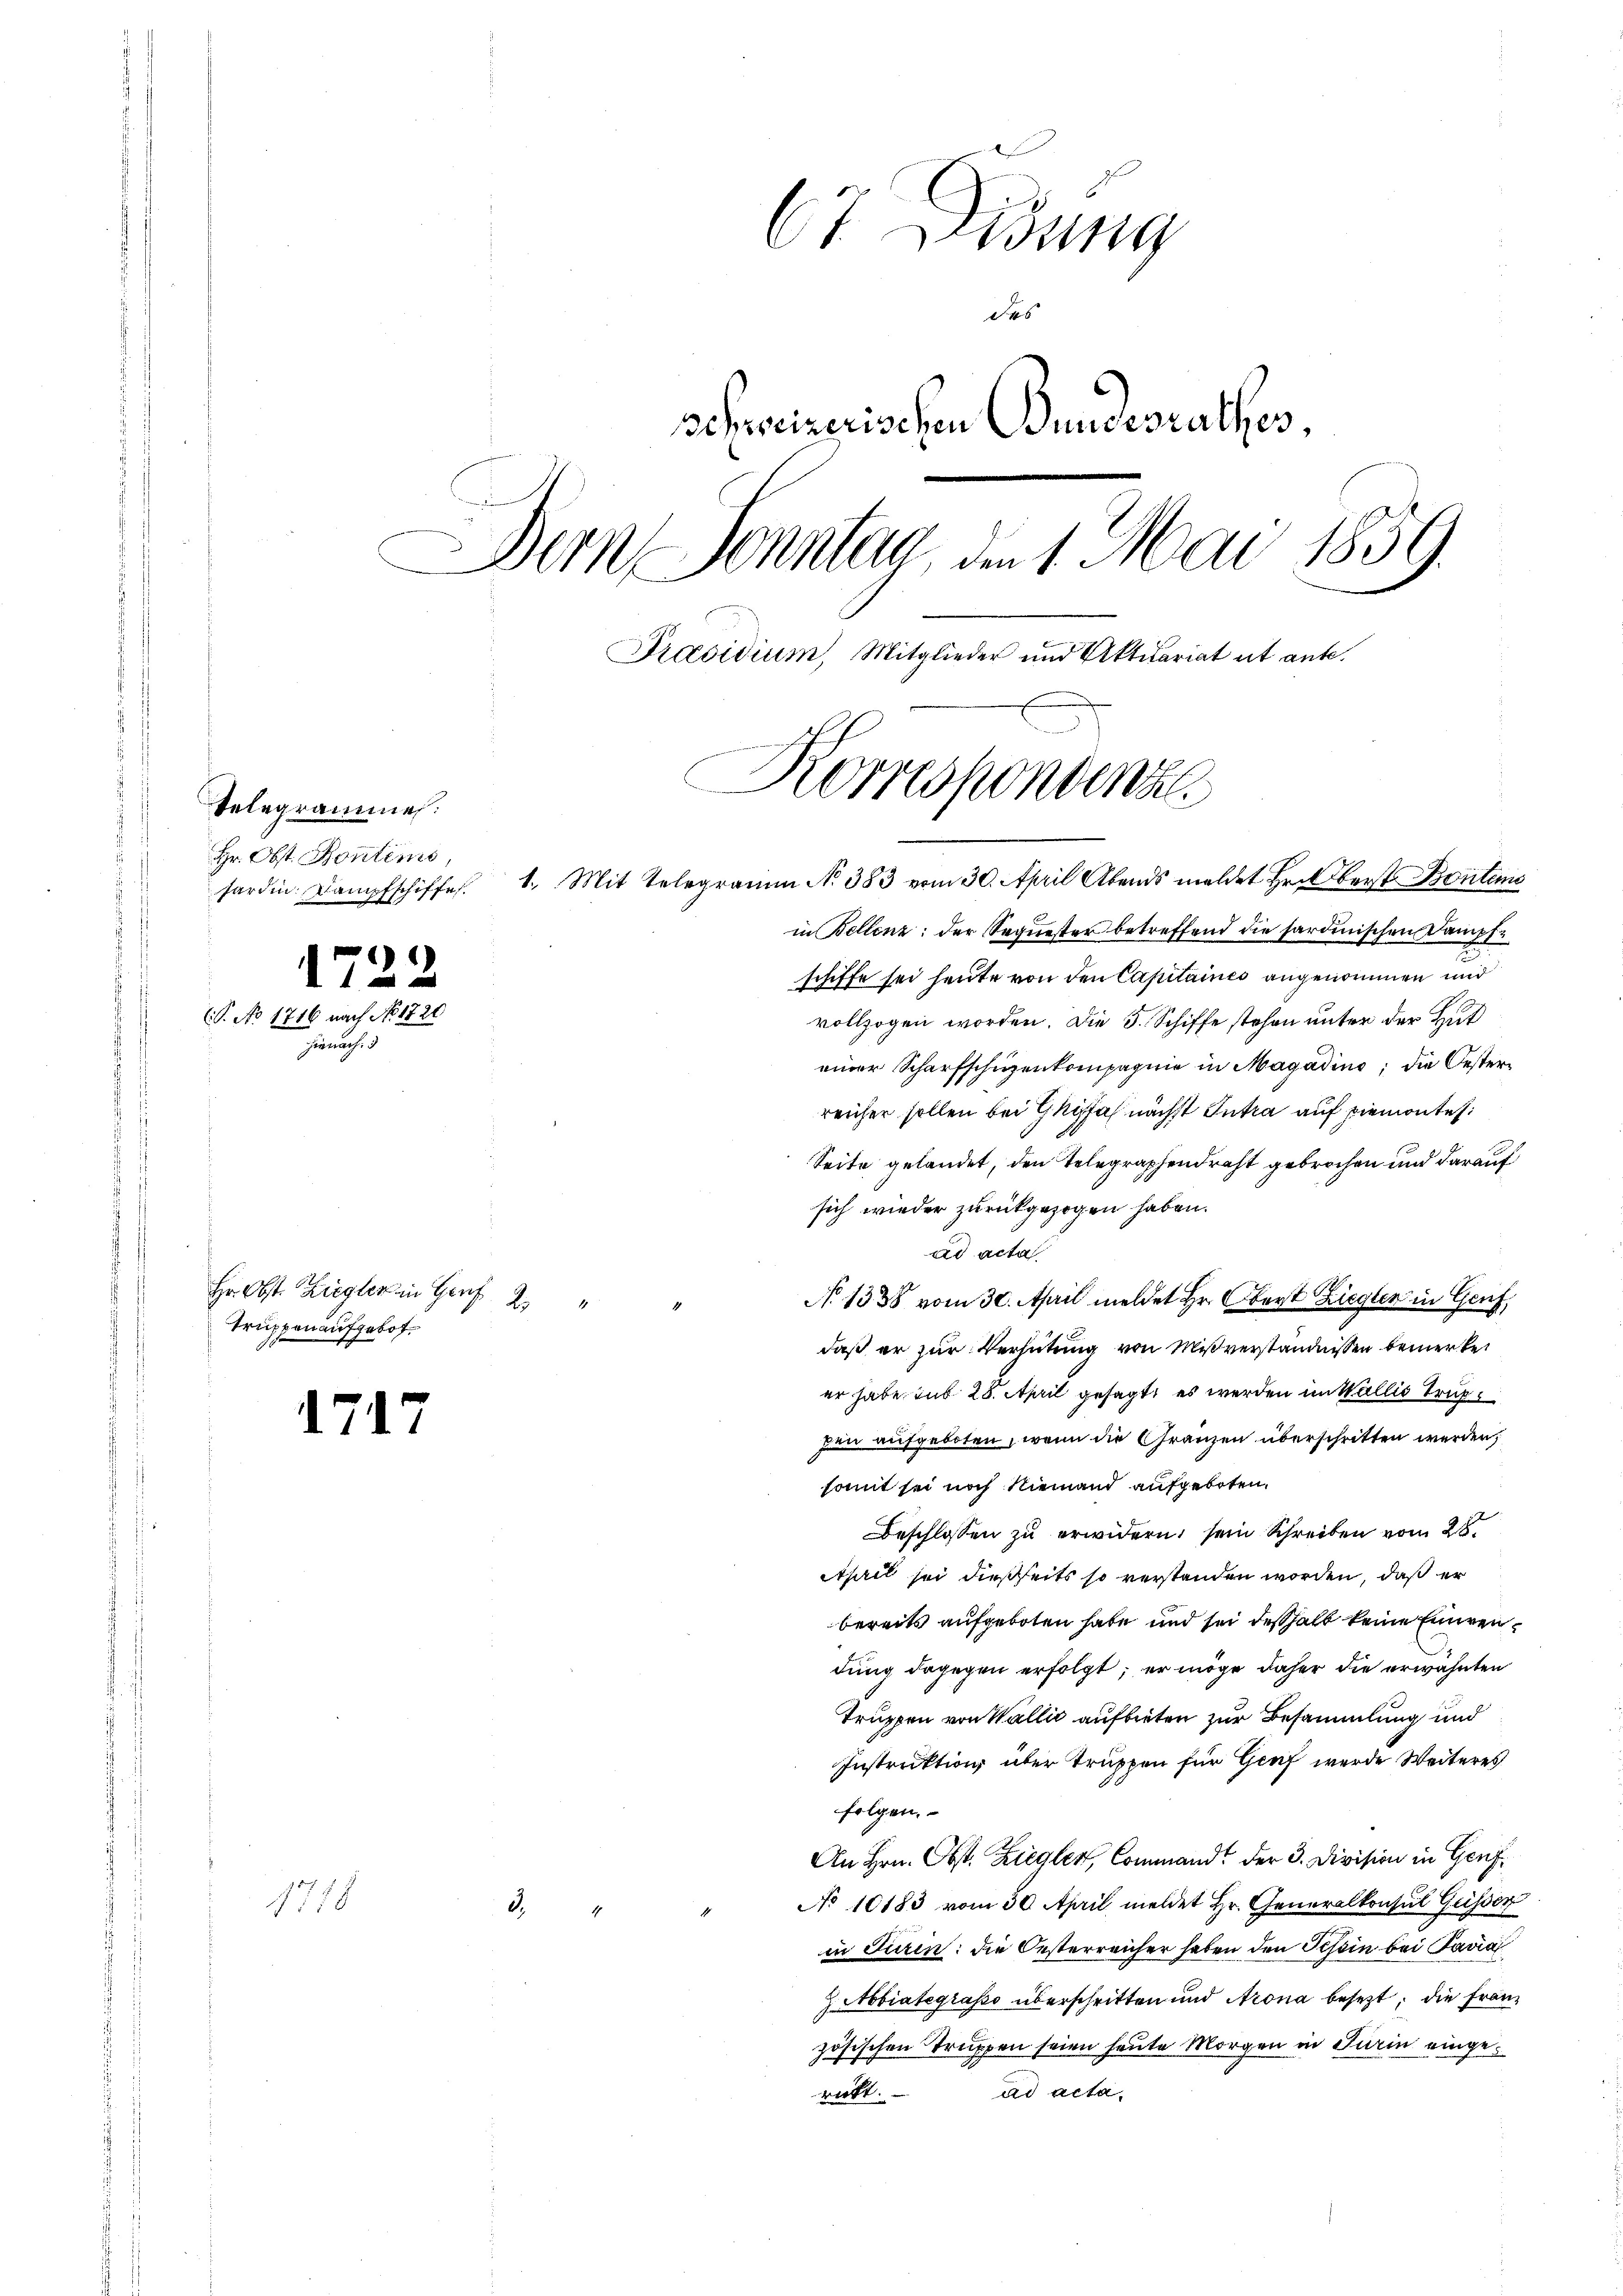
Telegrammes.
Hr. Obst. Kontems,
hardin. Dampfschiffe.

.
S. No 1716 u.
n

1

Hr. Obst. Ziegler in Genf 21 "
Truppen aufgebot.

1717

1718

67. Lesung
des
schweizerischen Bundesrathes.
Dem Sonntag den 1. Mai 1859.
Praesidium, Mitglieder und Aktuariat et ante.
Korrespondenze

in Bellenz: der Sequester betreffend die sardinischen Dampfschiffe sei heute von den Capitaines angenommen und
vollzogen worden. Die 5. Schiffe stehen unter der Hut
einer Scharfschüzenkompagnie in Magadine, die Oesterreicher sollen bei Ghiffa nächst Intra auf Piemontes:
Seite gelandet, den Telegraphendraht gebrochen und darauf
sich wieder zurückgezogen haben.
ad acta
No 1338 vom 30. April meldet Hr. Oberst Ziegler in Genf,
daß er zur Verhütung von Mißverständnissen bemerket
er habe in 28. April gesagt, es werden im Wallis Truppen aufgeboten, wenn die Gränzen überschritten werden,
somit sei noch Niemand aufgeboten.
Beschlossen zu erwidern, sein Schreiben vom 28.
April sei dießseits so verstanden worden, daß er
bereits aufgeboten habe und sei deßhalb keine Einwendung dagegen erfolgt; er möge daher die erwähnten
Truppen von Wallić aufbieten zur Besammlung und
Instruktion über Truppen für Genf wurde Weiteres
folgen.
An Hrn. Obst. Ziegler, Command der 3. Division in Genf
No 10183 vom 30. April meldet Hr. Generalkonsul Gusser
d.4
in Jurin: die Oesterreicher haben den Tessin bei Pavia
2 Abintegrasso überschritten und Arona besezt; die Franz
zösischen Truppen seien heute Morgen in Turin eingeritt. ad acta,

1. Mit Telegramm N. 383 vom 30. April Abends meldet Hr. Oberst Bontem